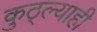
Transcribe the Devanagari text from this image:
कुठ्ल्याही